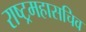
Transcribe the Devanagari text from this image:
राष्ट्रमहासचिव